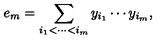
e _ { m } = \sum _ { i _ { 1 } < \cdots < i _ { m } } y _ { i _ { 1 } } \cdots y _ { i _ { m } } , \quad